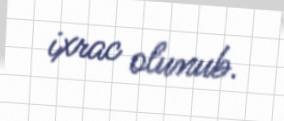
ixrac olunub.